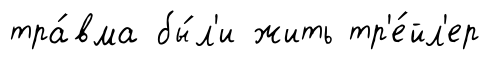
тра́вма бы́л'и жить тр'е́йл'ер